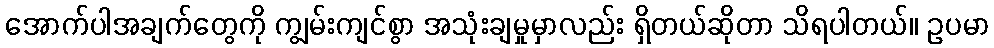
အောက်ပါအချက်တွေကို ကျွမ်းကျင်စွာ အသုံးချမှုမှာလည်း ရှိတယ်ဆိုတာ သိရပါတယ်။ ဥပမာ